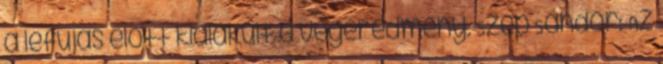
a lefújás előtt kialakult a végeredmény. Szép Sándor: Az